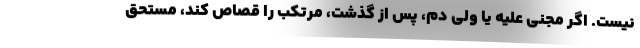
نیست. اگر مجنی علیه یا ولی دم، پس از گذشت، مرتکب را قصاص کند، مستحق